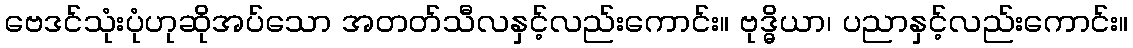
ဗေဒင်သုံးပုံဟုဆိုအပ်သော အတတ်သီလနှင့်လည်းကောင်း။ ဗုဒ္ဓိယာ၊ ပညာနှင့်လည်းကောင်း။